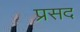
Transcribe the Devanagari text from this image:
प्रसद